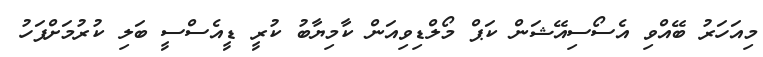
މިއަހަރު ބޭއްވި އެސޯސިއޭޝަން ކަޕް މޯލްޑިވިއަން ކާމިޔާބު ކުރީ ޑީއެސްސީ ބަލި ކުރުމަށްފަހު